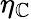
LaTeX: \eta_{\mathbb{C}}